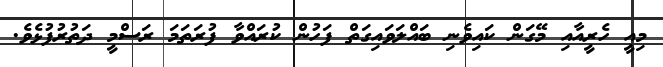
މިއީ ހެރީއާއި މޭގަން ކައިވެނި ބައްލަވައިގަތް ފަހުން ކުރައްވާ ފުރަތަމަ ރަސްމީ ދަތުރުފުޅެވެ.